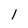
Character: I